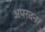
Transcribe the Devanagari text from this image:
अपरदन।